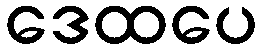
ဒေထပေ